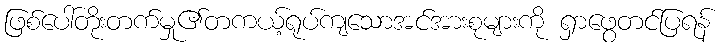
ဖြစ်ပေါ်တိုးတက်မှု၏တကယ့်ရုပ်ကျသောအင်အားစုများကို ရှာဖွေတင်ပြရန်